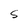
Character: S